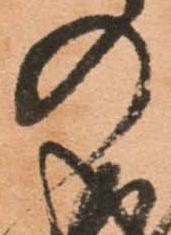
の